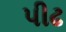
પીઢ